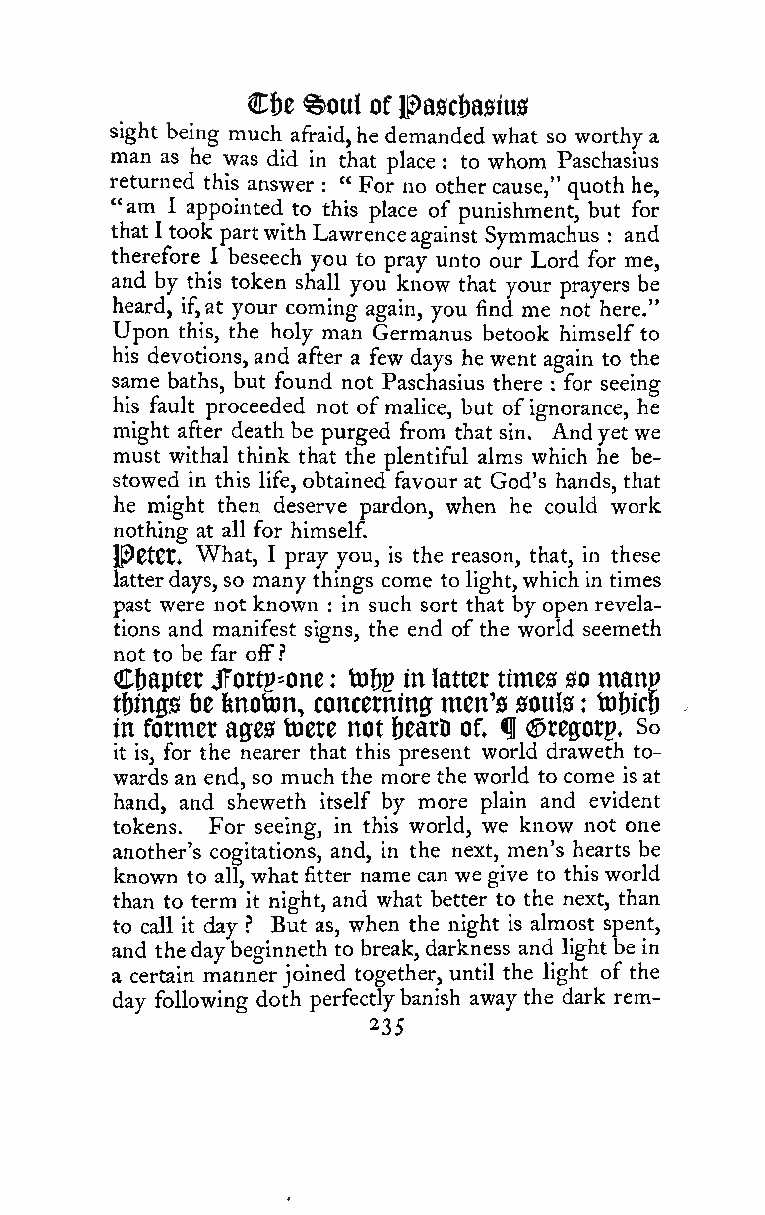
Cbe %ouI of ipa0cbasius
 sight being much afraid,he demanded what so worthy a
 man as he was did in that place to whom Paschasius
 :
 returned this answer " For no other cause," quoth he,
 :
 "am I appointed to this place of punishment, but for
 thatI took partwithLawrenceagainst Symmachus and
 :
 therefore I beseech you to pray unto our Lord for me,
 and by this token shall you know that your prayers be
 heard, if,at your coming again, you find me not here."
 Upon this, the holy man Germanus betook himself to
 his devotions, and after a few days he went again to the
 same baths, but found not Paschasius there for seeing
 :
 his fault proceeded not ofmalice, but ofignorance, he
 might after death be purged from that sin. Andyet we
 must withal think that the plentiful alms which he be-
 stowed in this life, obtained favour at God's hands, that
 he might then deserve pardon, when he could work
 nothing at all for himself.
 Ip0t0t. What, I pray you, is the reason, that, in these
 latterdays, so many things come to light,which in times
 past were not known in such sort that by open revela-
 :
 tions and manifest signs, the end of the world seemeth
 not to be far off.''
 Chapter JFortp^one : tofjp in latter times so manp
 things fte ftnoton, concerning men's souls : tofticB
 in former ages toere not bearD of, ^ (Sregorp. So
 it is, for the nearer that this present world draweth to-
 wards an end, so much the more the world to come is at
 hand, and sheweth itself by more plain and evident
 tokens. For seeing, in this world, we kiiow not one
 another's cogitations, and, in the next, men's hearts be
 known to all, what fitter name can we give to this world
 than to term it night, and what better to the next, than
 to call it day ? But as, when the night is almost spent,
 and thedaybeginneth to break, darkness and light be in
 a certain mannerjoined together, until the light of the
 day following doth perfectlybanish away the dark rem-
 235